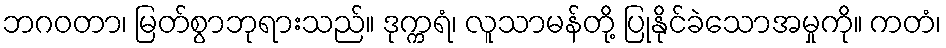
ဘဂဝတာ၊ မြတ်စွာဘုရားသည်။ ဒုက္ကရံ၊ လူသာမန်တို့ ပြုနိုင်ခဲသောအမှုကို။ ကတံ၊